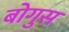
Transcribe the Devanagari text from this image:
बोगुस